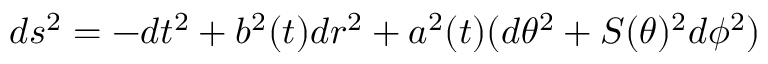
d s ^ { 2 } = - d t ^ { 2 } + b ^ { 2 } ( t ) d r ^ { 2 } + a ^ { 2 } ( t ) ( d \theta ^ { 2 } + S ( \theta ) ^ { 2 } d \phi ^ { 2 } )